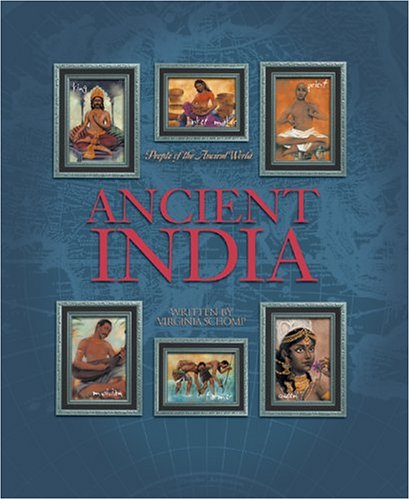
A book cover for Ancient India (People of the Ancient World); Virginia Schomp; Children's Books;